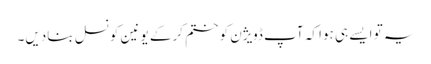
یہ تو ایسے ہی ہوا کہ آپ ڈویژن کو ختم کرکے یونین کونسل بنادیں۔